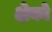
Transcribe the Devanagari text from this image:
क्षेको